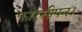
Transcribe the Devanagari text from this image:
फारसीपन।